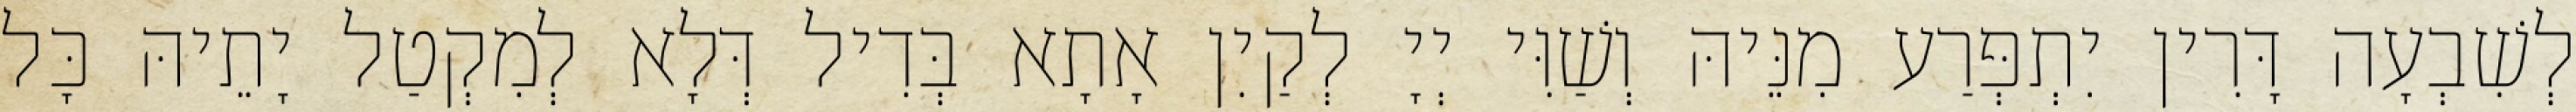
לְשִׁבְעָה דָּרִין יִתְפְּרַע מִנֵּיהּ וְשַׁוִּי יְיָ לְקַיִן אָתָא בְּדִיל דְּלָא לְמִקְטַל יָתֵיהּ כָּל